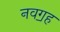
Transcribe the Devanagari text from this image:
नवॻह